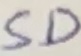
Text: SD